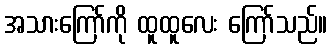
အသားကြော်ကို ထူထူလေး ကြော်သည်။